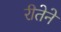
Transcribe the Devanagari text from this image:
रीतेने